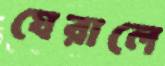
ঘেরালে